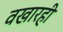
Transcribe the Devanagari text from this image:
वखारही